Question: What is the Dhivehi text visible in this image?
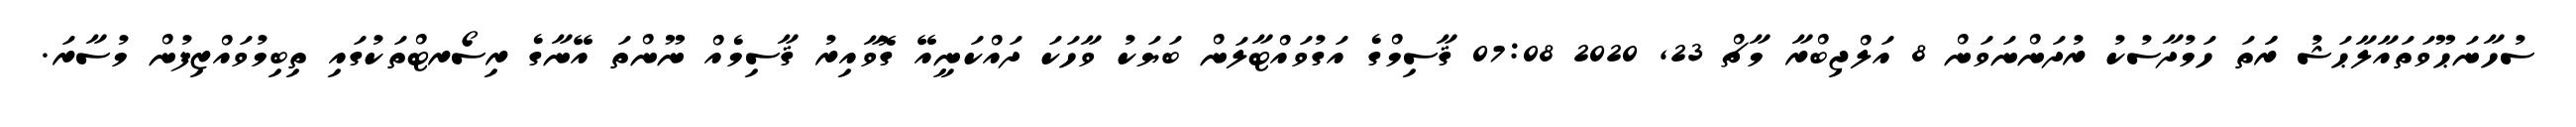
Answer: ސުހާނަޙޫވަތައާލާޙަޝު ރަަތަ ހަމުދާސުކު ރުދަންނަވަން 8 އަލްޖިބްރާ މާޗް 23, 2020 07:08 ޤާސިމްގެ އަގުވައްޓާލަން ބަޔަކު ވާހަކަ ދައްކަނީއޭ ގޮވާއިރު ޤާސިމެއް ނޫންތަ އޭނާގެ ރިސޯރޓްތަކުގައި ތިބިމުވައްޒިފުން މުސާރަ.